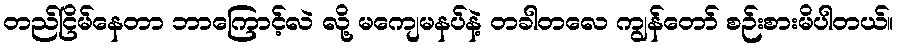
တည်ငြိမ်နေတာ ဘာကြောင့်လဲ လို့ မကျေမနပ်နဲ့ တခါတလေ ကျွန်တော် စဉ်းစားမိပါတယ်။